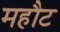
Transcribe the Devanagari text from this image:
महौट